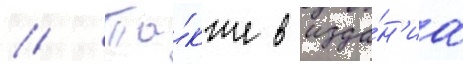
// Та́кже в изда́н'иа